Annual report of the Imperial Bacteriological Laboratory, Muktesar
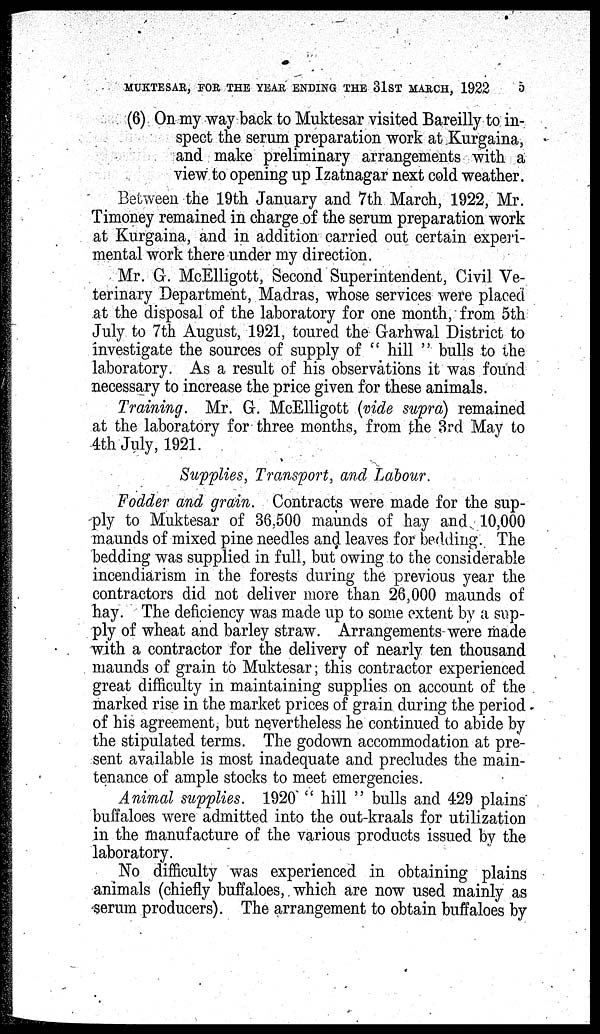
MUKTESAR, FOR THE YEAR ENDING THE 31ST MARCH, 1922
5
(6) On my way back to Muktesar visited Bareilly to in-
spect the serum preparation work at Kurgaina,
and make preliminary arrangements with a
view to opening up Izatnagar next cold weather.
Between the 19th January and 7th March, 1922, Mr.
Timoney remained in charge of the serum preparation work
at Kurgaina, and in addition carried out certain experi-
mental work there under my direction.
Mr. G. McElligott, Second Superintendent, Civil Ve-
terinary Department, Madras, whose services were placed
at the disposal of the laboratory for one month, from 5th
July to 7th August, 1921, toured the Garhwal District to
investigate the sources of supply of " hill " bulls to the
laboratory. As a result of his observations it was found
necessary to increase the price given for these animals.
Training. Mr. G. McElligott (vide supra) remained
at the laboratory for three months, from the 3rd May to
4th July, 1921.
Supplies, Transport, and Labour.
Fodder and grain. Contracts were made for the sup-
ply to Muktesar of 36,500 maunds of hay and 10,000
maunds of mixed pine needles and leaves for bedding. The
bedding was supplied in full, but owing to the considerable
incendiarism in the forests during the previous year the
contractors did not deliver more than 26,000 maunds of
hay. The deficiency was made up to some extent by a sup-
ply of wheat and barley straw. Arrangements were made
with a contractor for the delivery of nearly ten thousand
maunds of grain to Muktesar ; this contractor experienced
great difficulty in maintaining supplies on account of the
marked rise in the market prices of grain during the period
of his agreement, but nevertheless he continued to abide by
the stipulated terms. The godown accommodation at pre-
sent available is most inadequate and precludes the main-
tenance of ample stocks to meet emergencies.
Animal supplies. 1920 " hill " bulls and 429 plains
buffaloes were admitted into the out-kraals for utilization
in the manufacture of the various products issued by the
laboratory.
No difficulty was experienced in obtaining plains
animals (chiefly buffaloes, which are now used mainly as
serum producers). The arrangement to obtain buffaloes by